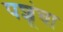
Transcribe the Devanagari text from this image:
पशूंचा